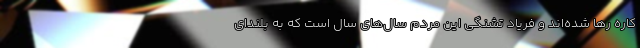
کاره رها شده‌اند و فریاد تشنگی این مردم سال‌های سال است که به بلندای